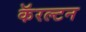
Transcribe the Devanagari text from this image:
कॅरल्टन